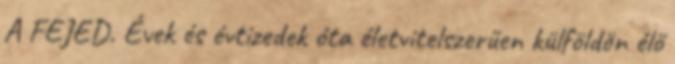
A FEJED. Évek és évtizedek óta életvitelszerűen külföldön élő